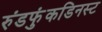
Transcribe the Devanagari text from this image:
रुंडफुंकडिनस्ट